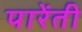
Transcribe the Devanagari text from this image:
पारेंती